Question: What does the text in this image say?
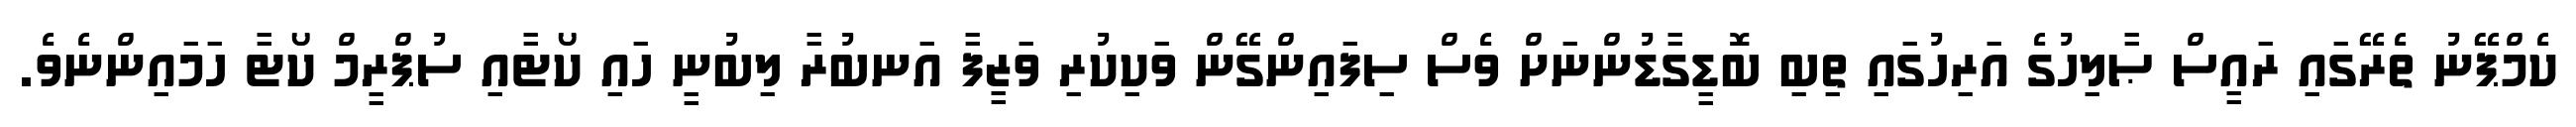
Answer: ކެމްޕޭނު ތެރޭގައި ރައީސް ޞާލިހުގެ އަރިހުގައި ތިބި ބޮޑީގާޑުންނަށް ވެސް ސިފައިންގޭން ވަކިކުރި ވަޒީފާ އަނބުރާ ލިބުނީ ހައި ކޯޓާއި ސުޕްރީމް ކޯޓާ ހަމައިންނެވެ.